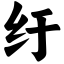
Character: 纡